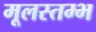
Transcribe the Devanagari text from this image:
मूलस्तम्भ